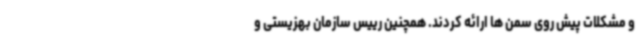
و مشکلات پیش روی سمن ها ارائه کردند. همچنین رییس سازمان بهزیستی و